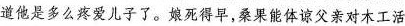
道他是多么疼爱儿子了。娘死得早，桑果能体谅父亲对木工活